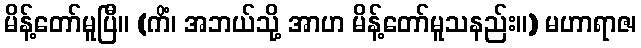
မိန့်တော်မူပြီ။ (ကိံ၊ အဘယ်သို့ အာဟ မိန့်တော်မူသနည်း။) မဟာရာဇ၊